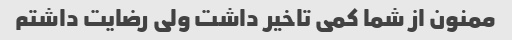
ممنون از شما کمی تاخیر داشت ولی رضایت داشتم